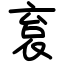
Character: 袬